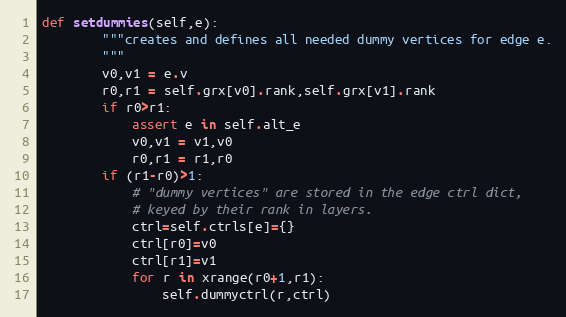
Language: Python
def setdummies(self,e):
        """creates and defines all needed dummy vertices for edge e.
        """
        v0,v1 = e.v
        r0,r1 = self.grx[v0].rank,self.grx[v1].rank
        if r0>r1:
            assert e in self.alt_e
            v0,v1 = v1,v0
            r0,r1 = r1,r0
        if (r1-r0)>1:
            # "dummy vertices" are stored in the edge ctrl dict,
            # keyed by their rank in layers.
            ctrl=self.ctrls[e]={}
            ctrl[r0]=v0
            ctrl[r1]=v1
            for r in xrange(r0+1,r1):
                self.dummyctrl(r,ctrl)